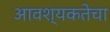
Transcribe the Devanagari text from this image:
आवश्‍यकतेचा